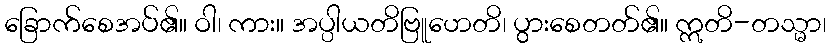
ခြောက်စေအပ်၏။ ဝါ၊ ကား။ အပ္ပါယတိဗြူဟေတိ၊ ပွားစေတတ်၏။ ဣတိ-တသ္မာ၊